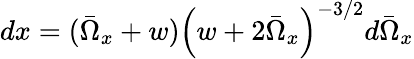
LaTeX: dx=(\bar{\Omega}_{x}+w)\left(w+2\bar{\Omega}_{x}\right)^{-3/2}d\bar{\Omega}_{x}